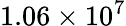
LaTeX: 1.06\times 10^{7}